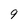
Character: 9